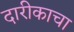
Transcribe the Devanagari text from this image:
दारीकाचा